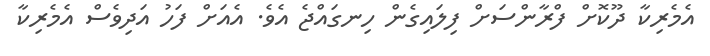
އެމެރިކާ ދޫކޮށް ފްރާންސަށް ފިލައިގެން ހިނގައްޖެ އެވެ. އެއަށް ފަހު އަދިވެސް އެމެރިކާ